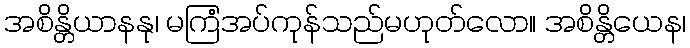
အစိန္တိယာနနု၊ မကြံအပ်ကုန်သည်မဟုတ်လော။ အစိန္တိယေန၊